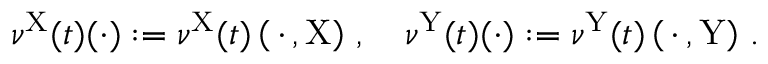
\nu ^ { \mathrm { X } } ( t ) ( \cdot ) : = \nu ^ { \mathrm { X } } ( t ) \left( \, \cdot \, , \mathrm { X } \right) \, , \quad \nu ^ { \mathrm { Y } } ( t ) ( \cdot ) : = \nu ^ { \mathrm { Y } } ( t ) \left( \, \cdot \, , \mathrm { Y } \right) \, .